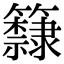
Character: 𥷗